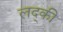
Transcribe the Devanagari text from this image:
लद्की